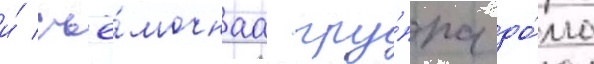
и́ съё́мочнаа гру́ппа до́лго